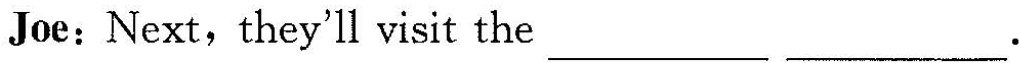
Joe: Next,they'll visit the ___ ___.